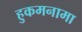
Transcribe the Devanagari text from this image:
हुकमनामा